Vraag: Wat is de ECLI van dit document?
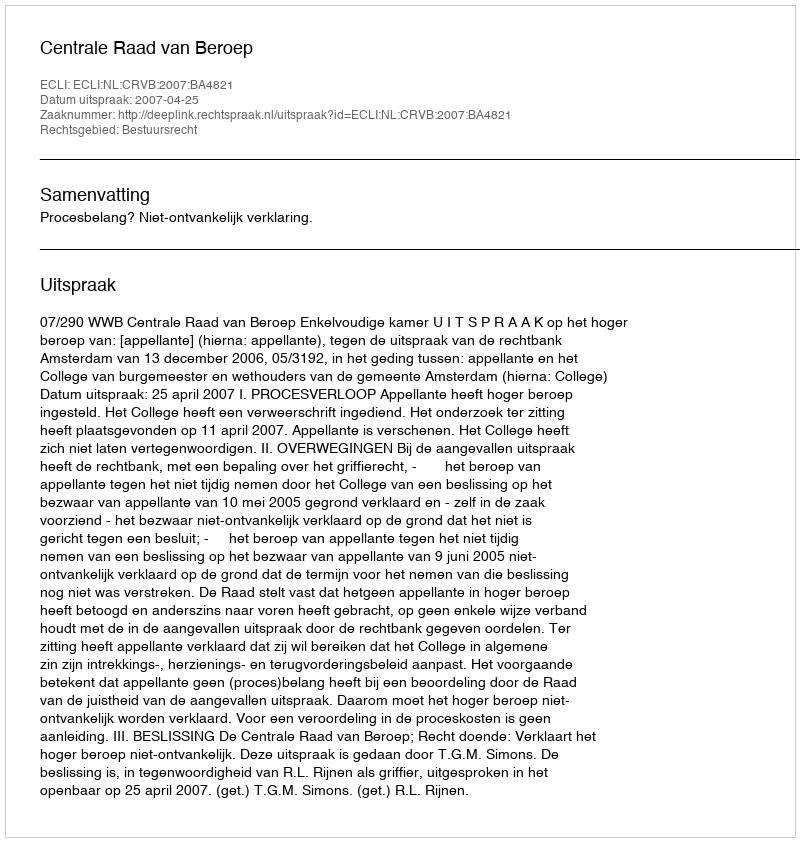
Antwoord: ECLI:NL:CRVB:2007:BA4821